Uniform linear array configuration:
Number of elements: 64
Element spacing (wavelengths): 0.25
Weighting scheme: kaiser
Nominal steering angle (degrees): -15
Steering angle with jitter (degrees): -14.729
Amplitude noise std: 0.05
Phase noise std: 0.05

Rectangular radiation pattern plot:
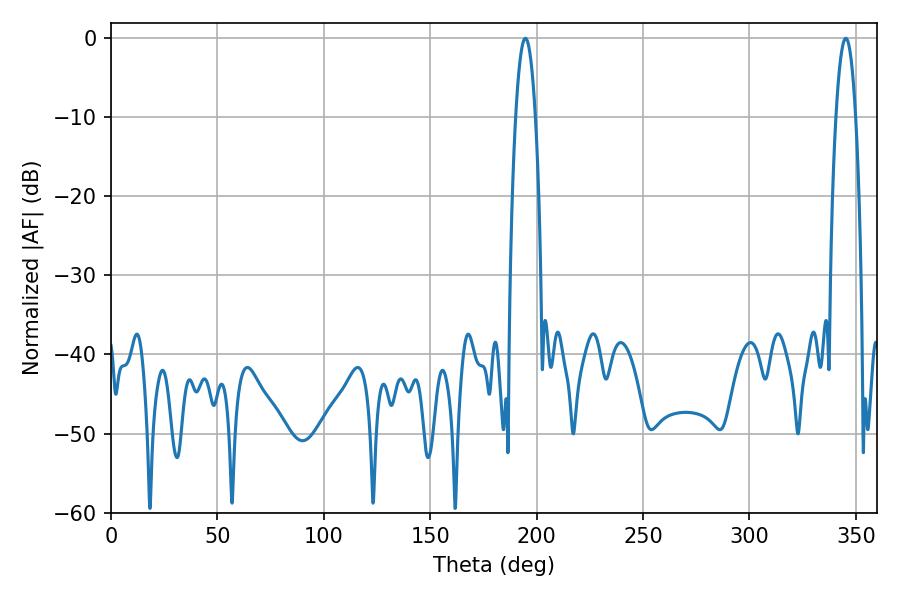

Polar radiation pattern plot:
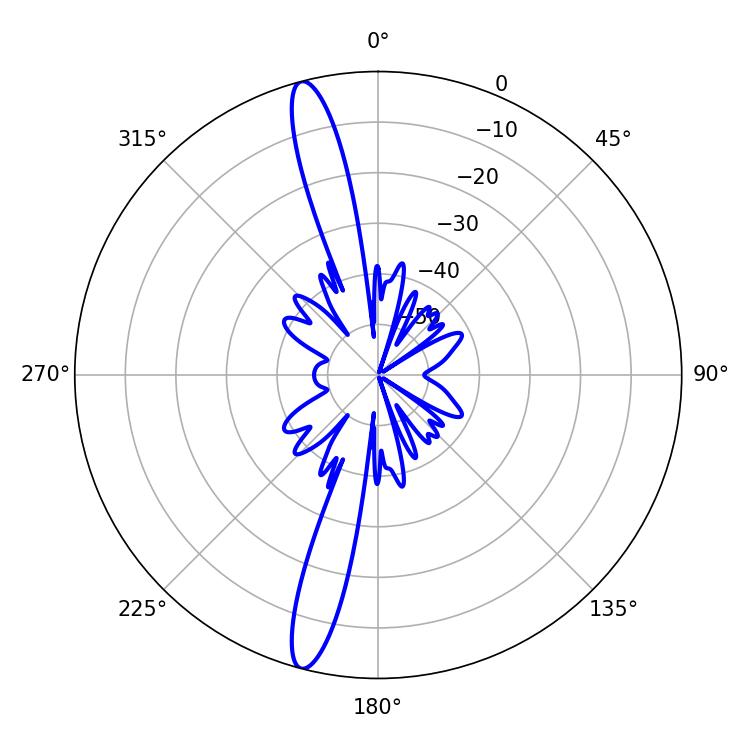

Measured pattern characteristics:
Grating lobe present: FALSE
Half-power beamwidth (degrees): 5.04
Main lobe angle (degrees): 194.76